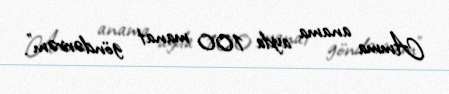
Amma anama ayda 100 manat göndərirəm”.